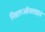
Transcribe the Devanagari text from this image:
निहारऑनलाइन